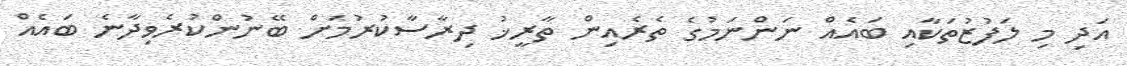
އަދި މި ލަފުޒުތަކާއި ބައެއް ނަންނަމުގެ ތެރެއިން ތާރީޚު ދިރާސާކުރުމަށް ބޭނުންކުރެވިދާނެ ބައެއް